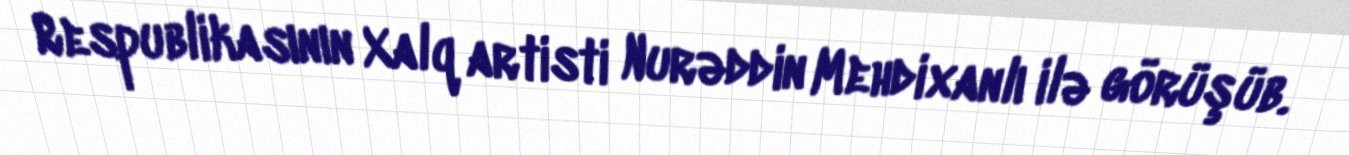
Respublikasının Xalq artisti Nurəddin Mehdixanlı ilə görüşüb.